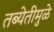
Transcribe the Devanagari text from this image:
तब्येतीमुळे